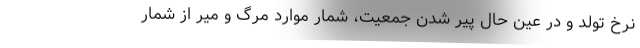
نرخ تولد و در عین حال پیر شدن جمعیت، شمار موارد مرگ ‌و میر از شمار